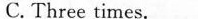
C. Three times.